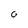
Character: 0